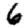
Digit: 6